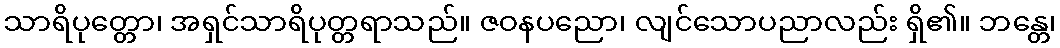
သာရိပုတ္တော၊ အရှင်သာရိပုတ္တရာသည်။ ဇဝနပညော၊ လျင်သောပညာလည်း ရှိ၏။ ဘန္တေ၊